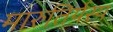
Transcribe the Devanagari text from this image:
मारुतिर्यस्य